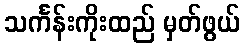
သင်္ကန်းကိုးထည် မှတ်ဖွယ်